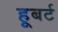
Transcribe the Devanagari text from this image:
हूबर्ट